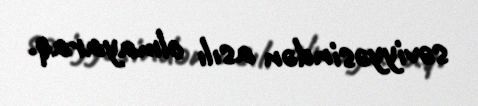
səviyyəsindən asılı olmayaraq.